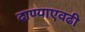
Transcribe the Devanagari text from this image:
दाण्याएवढी